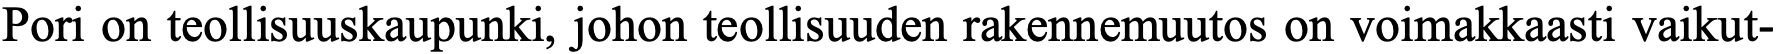
Pori on teollisuuskaupunki, johon teollisuuden rakennemuutos on voimakkaasti vaikut-